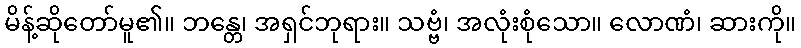
မိန့်ဆိုတော်မူ၏။ ဘန္တေ၊ အရှင်ဘုရား။ သဗ္ဗံ၊ အလုံးစုံသော။ လောဏံ၊ ဆားကို။